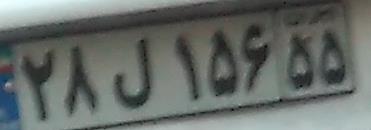
۲۸ل۱۵۶۵۵